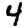
Digit: 4